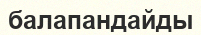
балапандайды